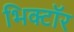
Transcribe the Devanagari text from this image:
भिक्टॉर